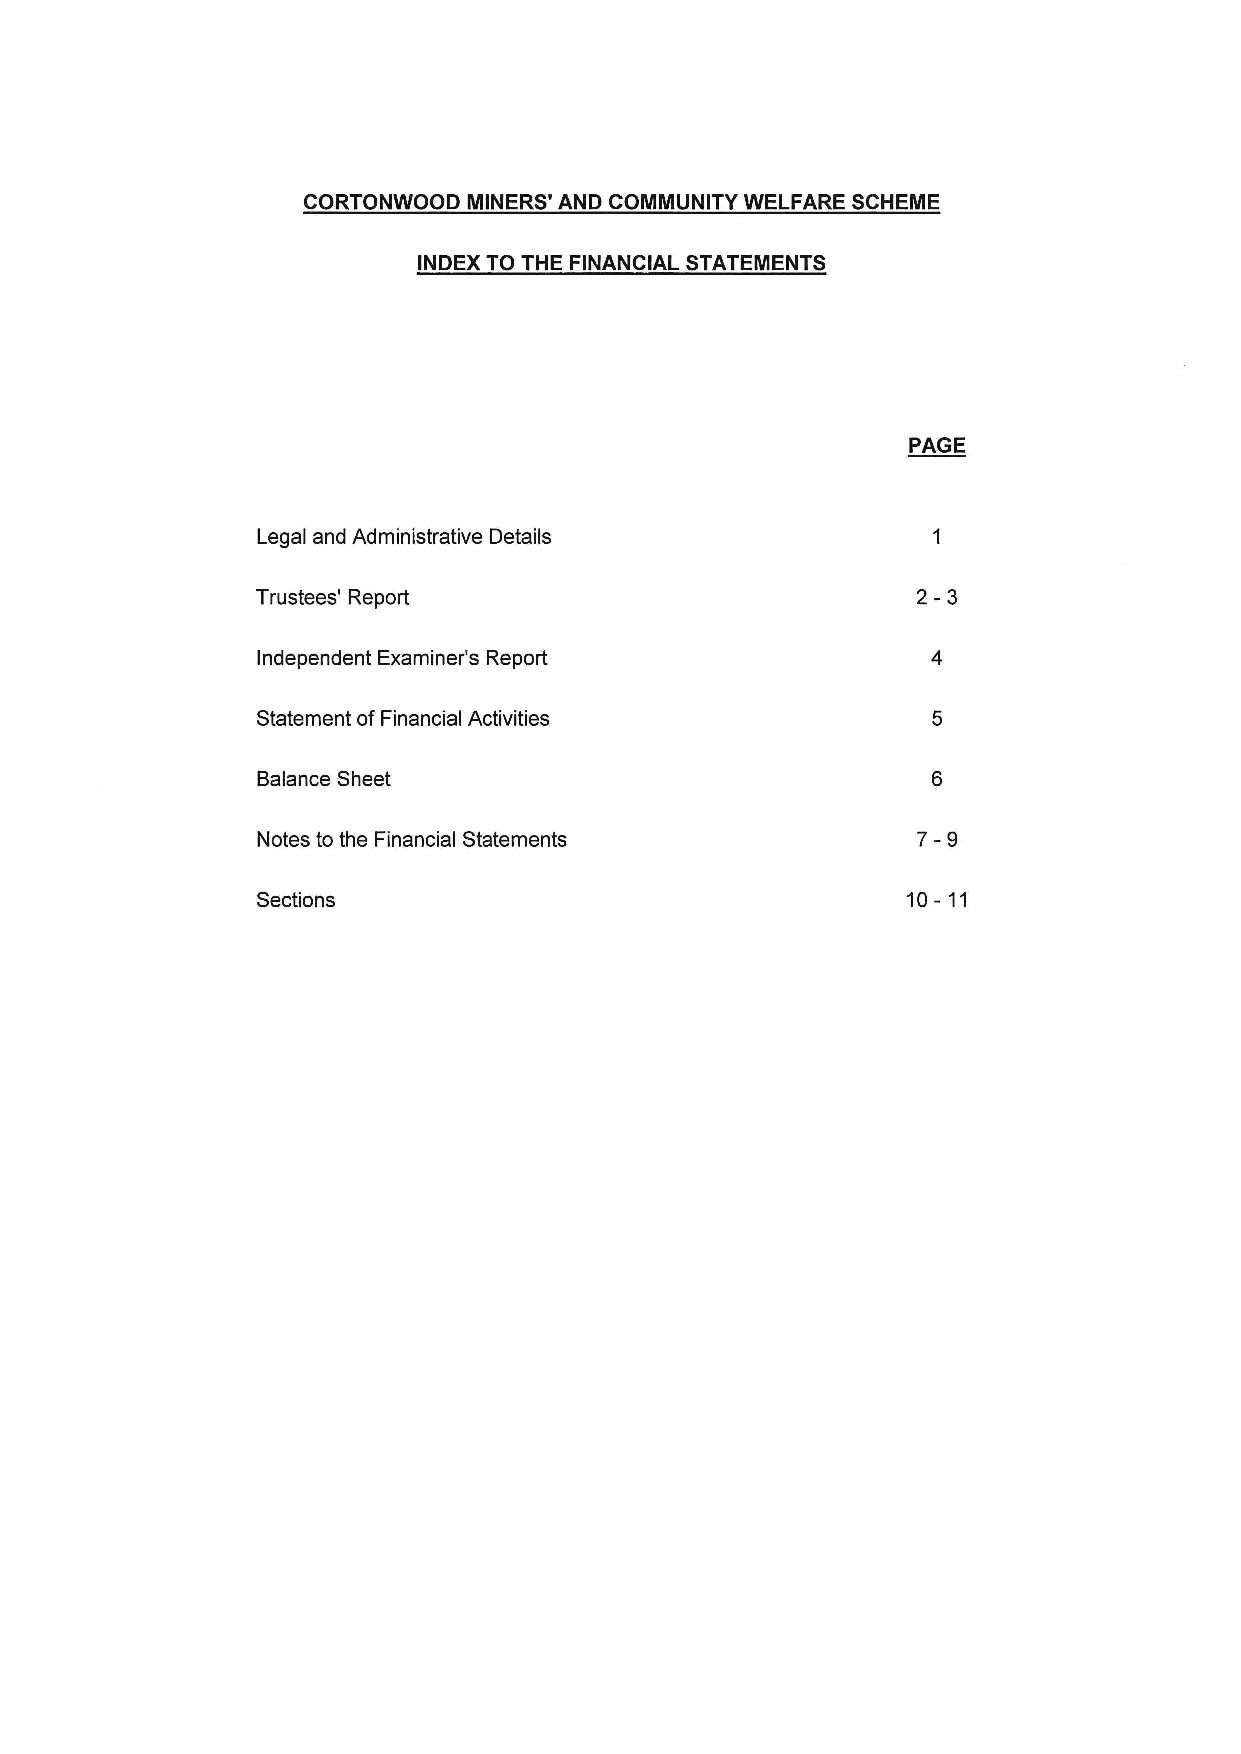
CORTONWOOD MINERS' AND COMMUNITY WELFARE SCHEME
 INDEX TO THE FINANCIAL STATEMENTS
 PAGE
 Legal and Administrative Details
 2-3
 Trustees' Report
 Independent Examiner's Report
 Statement of Financial Activities
 Balance Sheet
 7-9
 Notes to the Financial Statements
 10-11
 Sections